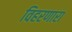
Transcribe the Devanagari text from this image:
विहरणारा